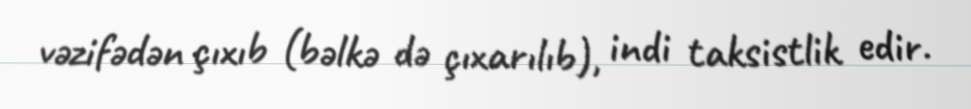
vəzifədən çıxıb (bəlkə də çıxarılıb), indi taksistlik edir.